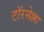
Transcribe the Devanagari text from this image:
टॉरसेल्ला